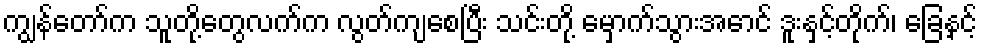
ကျွန်တော်က သူတို့တွေလက်က လွတ်ကျစေပြီး သင်းတို့ မှောက်သွားအောင် ဒူးနှင့်တိုက်၊ ခြေနှင့်